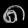
Digit: ၈